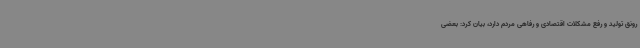
رونق تولید و رفع مشکلات اقتصادی و رفاهی مردم دارد، بیان کرد: بعضی